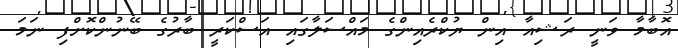
އޮބާމާ ވަނީ ރަޝިއާ އިިން ޔުކްރެއިންގެ މައްސަލާގައި އަސްކަރީ ބާރުގެ ބޭނުންކޮށްފި ނަމަ